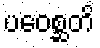
ပဝေစ္ဆတိ